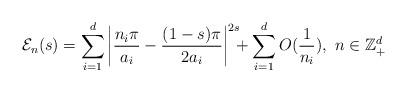
LaTeX: \begin{align*}\mathcal{E}_{n}(s) =\sum_{i=1}^d \left| \frac{n_i \pi}{a_i}-\frac{(1-s)\pi}{2a_i}\right|^{2s}\!\!\!+\sum_{i=1}^{d}O(\frac{1}{n_i}), \, \, n\in {\mathbb Z_+^d} \end{align*}